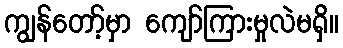
ကျွန်တော့်မှာ ကျော်ကြားမှုလဲမရှိ။